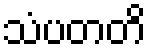
သံပတတိ